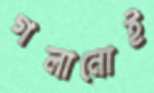
গলানোই